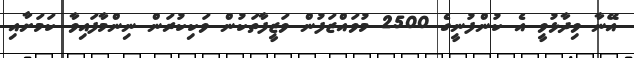
އޭނާ ވިދާޅުވީ އެ ކުންފުނީގެ 2500 މުވައްޒަފުން ވަޒީފާތަކުން ވަކިކުރަން ނިންމާފައިވާ ކަމަށާއި